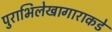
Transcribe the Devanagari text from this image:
पुराभिलेखागाराकडे